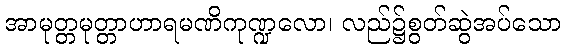
အာမုတ္တမုတ္တာဟာရမဏိကုဏ္ဍလော၊ လည်၌စွတ်ဆွဲအပ်သော